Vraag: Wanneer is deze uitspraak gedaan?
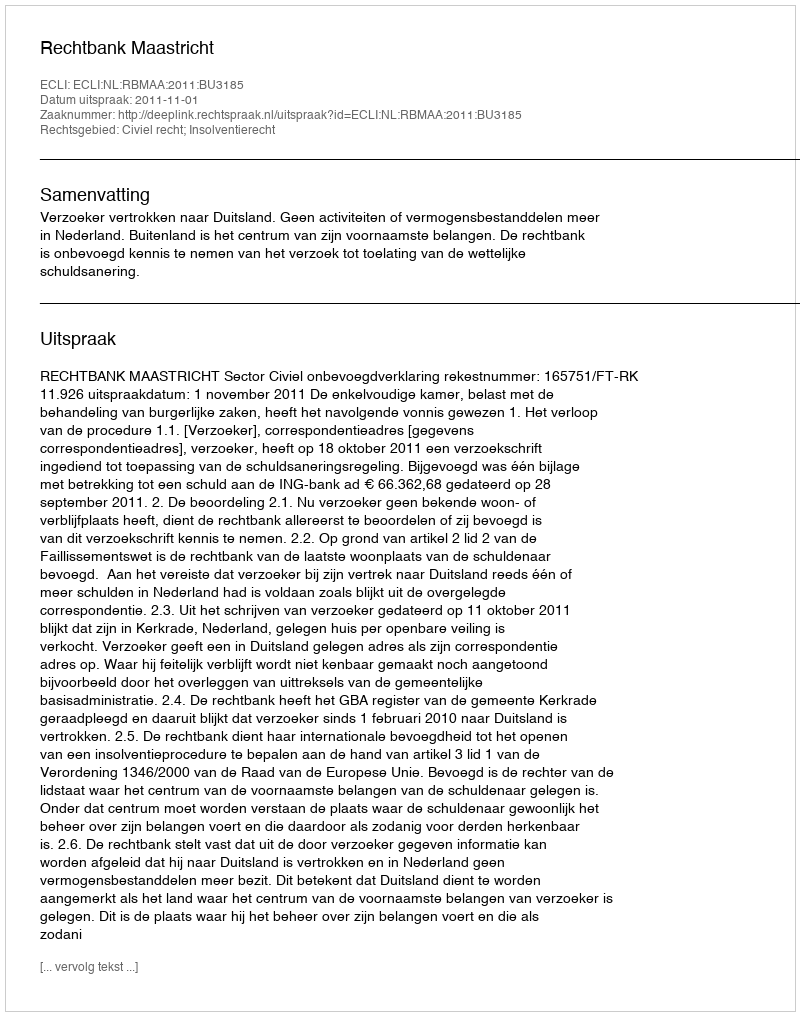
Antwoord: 2011-11-01